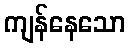
ကျန်နေသော